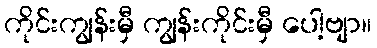
ကိုင်းကျွန်းမှီ ကျွန်းကိုင်းမှီ ပေါ့ဗျာ။